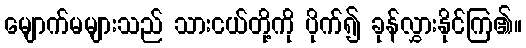
မျောက်မများသည် သားငယ်တို့ကို ပိုက်၍ ခုန်လွှားနိုင်ကြ၏။